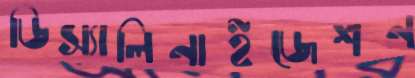
ডিস্যালিনাইজেশন